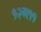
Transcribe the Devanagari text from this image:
१२ग११